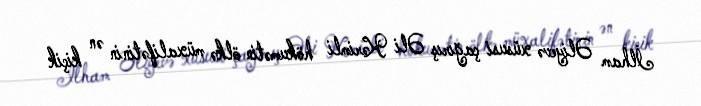
İlham Əliyevə xüsusi çağırış Əli Kərimli hökumətin ölkə müxalifətinin ən kiçik